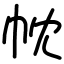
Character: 帎